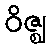
ဝိဇ္ဈ